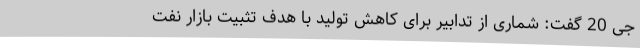
جی 20 گفت: شماری از تدابیر برای کاهش تولید با هدف تثبیت بازار نفت